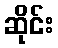
ဆိုင်း